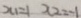
x _ { 1 } = 1 x _ { 2 } = - 1